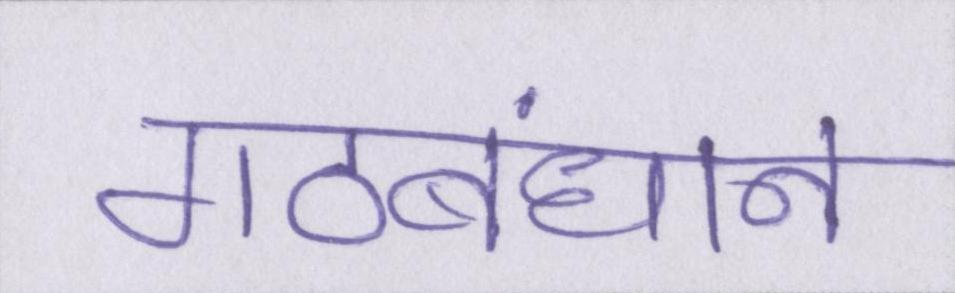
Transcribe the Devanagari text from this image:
गठबंधान